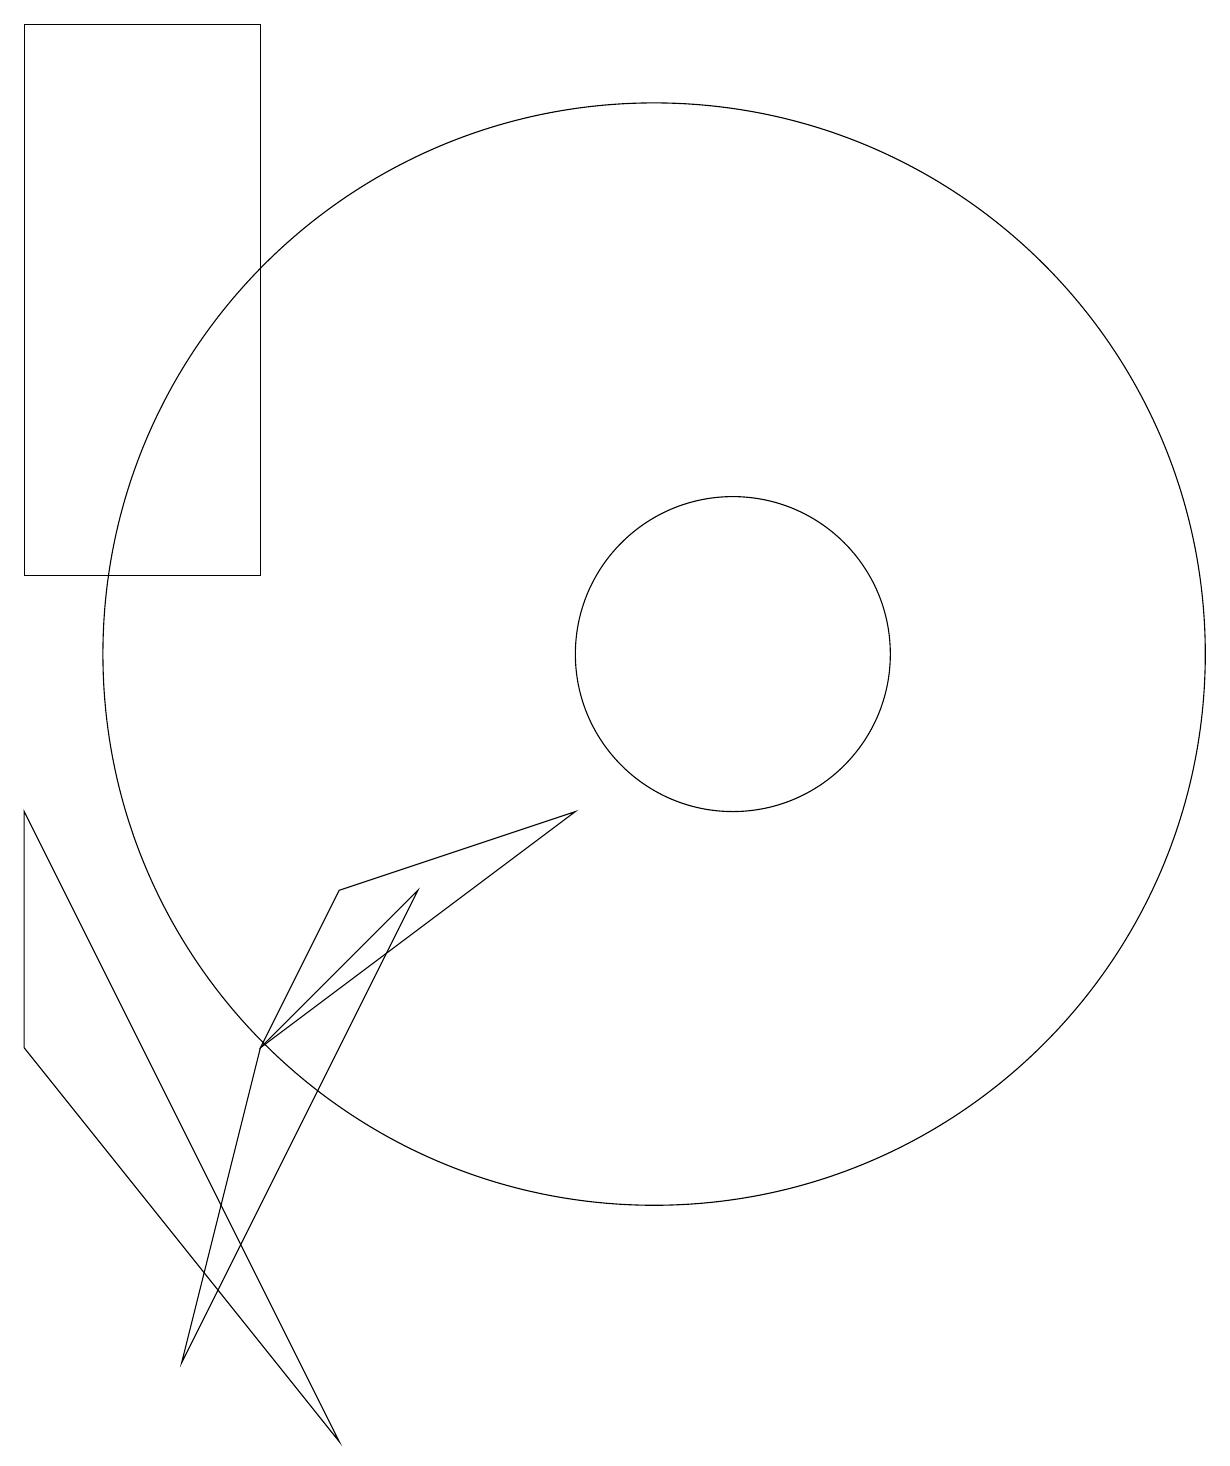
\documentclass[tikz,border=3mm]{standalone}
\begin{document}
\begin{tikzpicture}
\draw (11,11) circle (2);
\draw (2,19) rectangle (5,12);
\draw (10,11) circle (7);
\draw (5,6) -- (9,9) -- (6,8) -- cycle;
\draw (2,9) -- (6,1) -- (2,6) -- cycle;
\draw (5,6) -- (4,2) -- (7,8) -- cycle;
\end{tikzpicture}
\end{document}